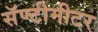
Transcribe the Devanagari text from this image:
सॅण्टीमीटर